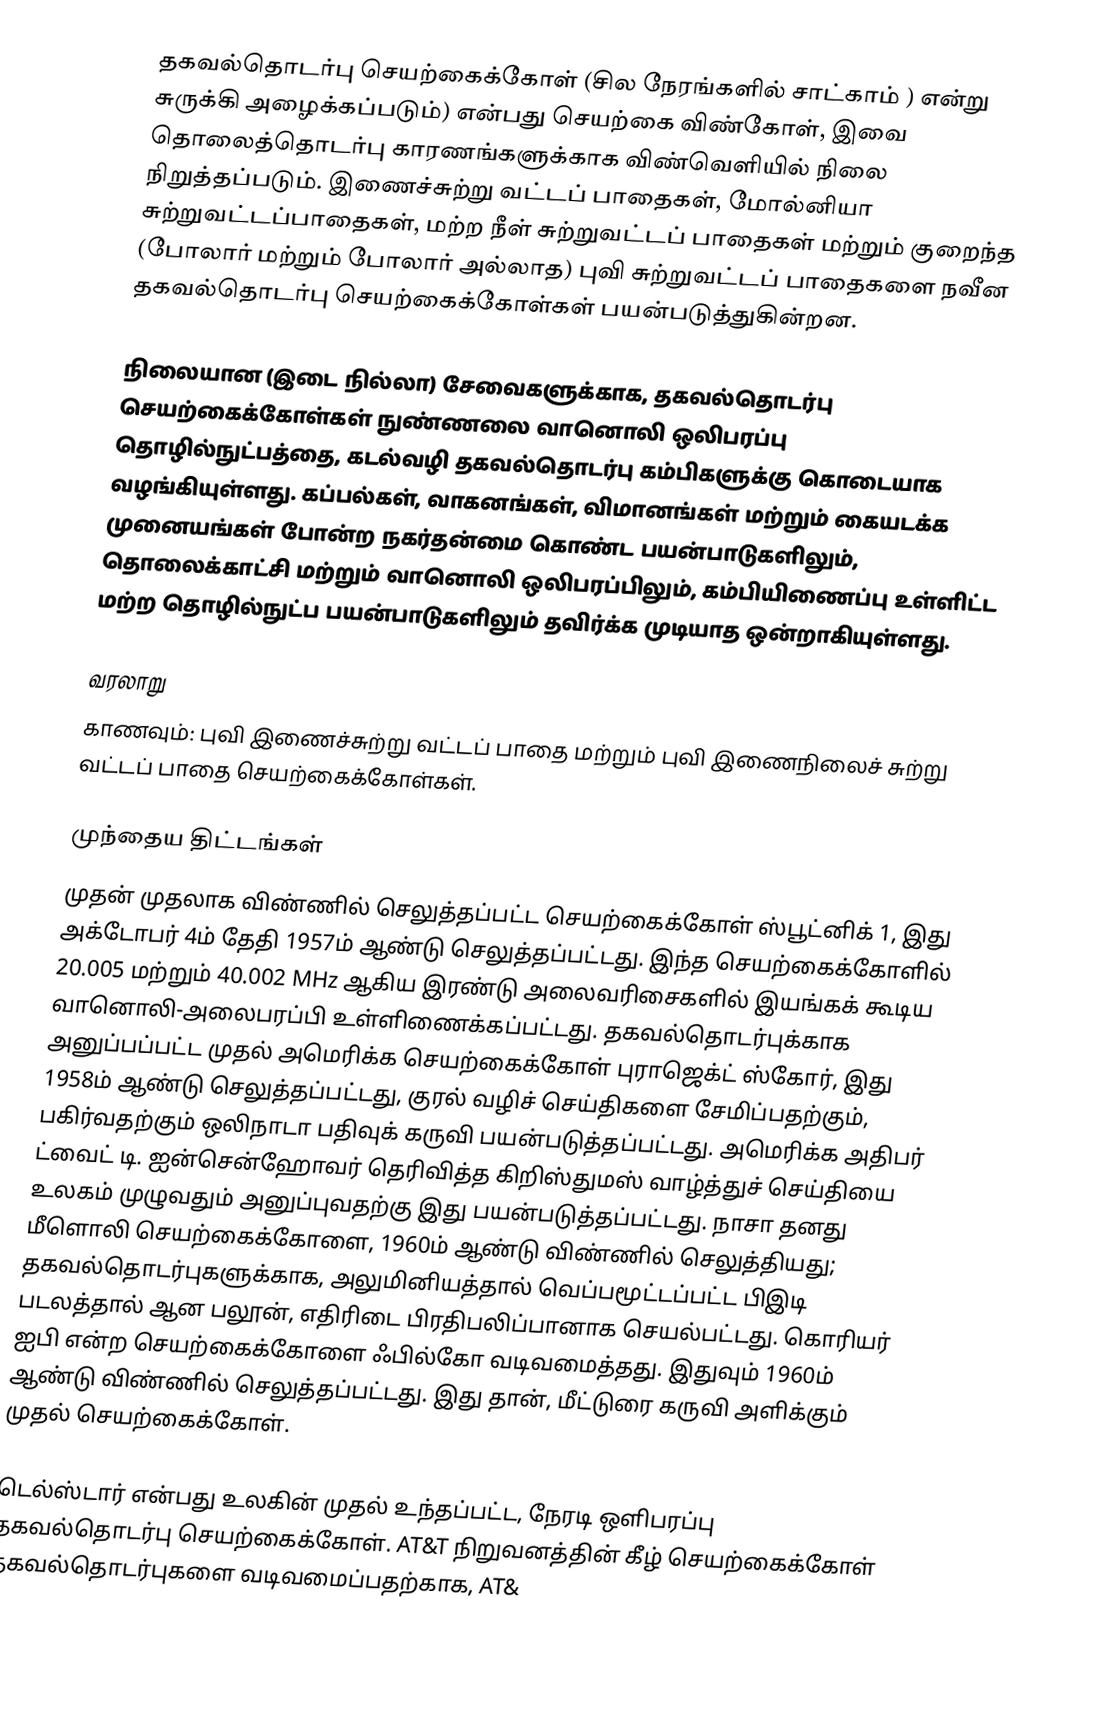
தகவல்தொடர்பு செயற்கைக்கோள் (சில நேரங்களில் சாட்காம் ) என்று சுருக்கி அழைக்கப்படும்) என்பது செயற்கை விண்கோள், இவை தொலைத்தொடர்பு காரணங்களுக்காக விண்வெளியில் நிலை நிறுத்தப்படும். இணைச்சுற்று வட்டப் பாதைகள், மோல்னியா சுற்றுவட்டப்பாதைகள், மற்ற நீள் சுற்றுவட்டப் பாதைகள் மற்றும் குறைந்த (போலார் மற்றும் போலார் அல்லாத) புவி சுற்றுவட்டப் பாதைகளை நவீன தகவல்தொடர்பு செயற்கைக்கோள்கள் பயன்படுத்துகின்றன.

நிலையான (இடை நில்லா) சேவைகளுக்காக, தகவல்தொடர்பு செயற்கைக்கோள்கள் நுண்ணலை வானொலி ஒலிபரப்பு தொழில்நுட்பத்தை, கடல்வழி தகவல்தொடர்பு கம்பிகளுக்கு கொடையாக வழங்கியுள்ளது. கப்பல்கள், வாகனங்கள், விமானங்கள் மற்றும் கையடக்க முனையங்கள் போன்ற நகர்தன்மை கொண்ட பயன்பாடுகளிலும், தொலைக்காட்சி மற்றும் வானொலி ஒலிபரப்பிலும், கம்பியிணைப்பு உள்ளிட்ட மற்ற தொழில்நுட்ப பயன்பாடுகளிலும் தவிர்க்க முடியாத ஒன்றாகியுள்ளது.

வரலாறு
காணவும்: புவி இணைச்சுற்று வட்டப் பாதை மற்றும் புவி இணைநிலைச் சுற்று வட்டப் பாதை செயற்கைக்கோள்கள்.

முந்தைய திட்டங்கள்
முதன் முதலாக விண்ணில் செலுத்தப்பட்ட செயற்கைக்கோள் ஸ்பூட்னிக் 1, இது அக்டோபர் 4ம் தேதி 1957ம் ஆண்டு செலுத்தப்பட்டது. இந்த செயற்கைக்கோளில் 20.005 மற்றும் 40.002 MHz ஆகிய இரண்டு அலைவரிசைகளில் இயங்கக் கூடிய வானொலி-அலைபரப்பி உள்ளிணைக்கப்பட்டது. தகவல்தொடர்புக்காக அனுப்பப்பட்ட முதல் அமெரிக்க செயற்கைக்கோள் புராஜெக்ட் ஸ்கோர், இது 1958ம் ஆண்டு செலுத்தப்பட்டது, குரல் வழிச் செய்திகளை சேமிப்பதற்கும், பகிர்வதற்கும் ஒலிநாடா பதிவுக் கருவி பயன்படுத்தப்பட்டது. அமெரிக்க அதிபர் ட்வைட் டி. ஐன்சென்ஹோவர் தெரிவித்த கிறிஸ்துமஸ் வாழ்த்துச் செய்தியை உலகம் முழுவதும் அனுப்புவதற்கு இது பயன்படுத்தப்பட்டது. நாசா தனது மீளொலி செயற்கைக்கோளை, 1960ம் ஆண்டு விண்ணில் செலுத்தியது; தகவல்தொடர்புகளுக்காக,  அலுமினியத்தால் வெப்பமூட்டப்பட்ட பிஇடி படலத்தால் ஆன பலூன், எதிரிடை பிரதிபலிப்பானாக செயல்பட்டது. கொரியர் ஐபி என்ற செயற்கைக்கோளை ஃபில்கோ வடிவமைத்தது. இதுவும் 1960ம் ஆண்டு விண்ணில் செலுத்தப்பட்டது. இது தான், மீட்டுரை கருவி அளிக்கும் முதல் செயற்கைக்கோள்.

டெல்ஸ்டார் என்பது உலகின் முதல் உந்தப்பட்ட, நேரடி ஒளிபரப்பு தகவல்தொடர்பு செயற்கைக்கோள். AT&T நிறுவனத்தின் கீழ் செயற்கைக்கோள் தகவல்தொடர்புகளை வடிவமைப்பதற்காக, AT&